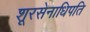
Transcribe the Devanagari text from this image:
शूरसेनाधिपति